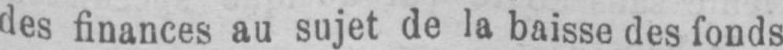
des finances au sujet de la baisse des fonds